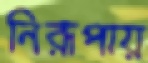
নিরূপায়